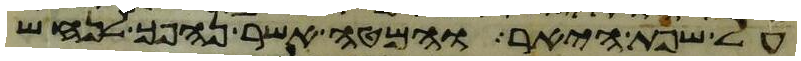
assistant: על שפת היאר והמטה אשר נהפך לנחש